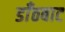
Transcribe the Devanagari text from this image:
डाँठबाट